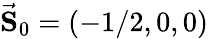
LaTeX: \vec{\mathbf{S}}_{0}=(-1/2,0,0)